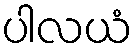
ပါလယံ